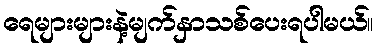
ရေများများနဲ့မျက်နှာသစ်ပေးရပါမယ်။